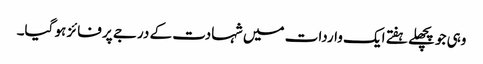
وہی جو پچھلے ہفتے ایک واردات میں شہادت کے درجے پر فائز ہو گیا۔